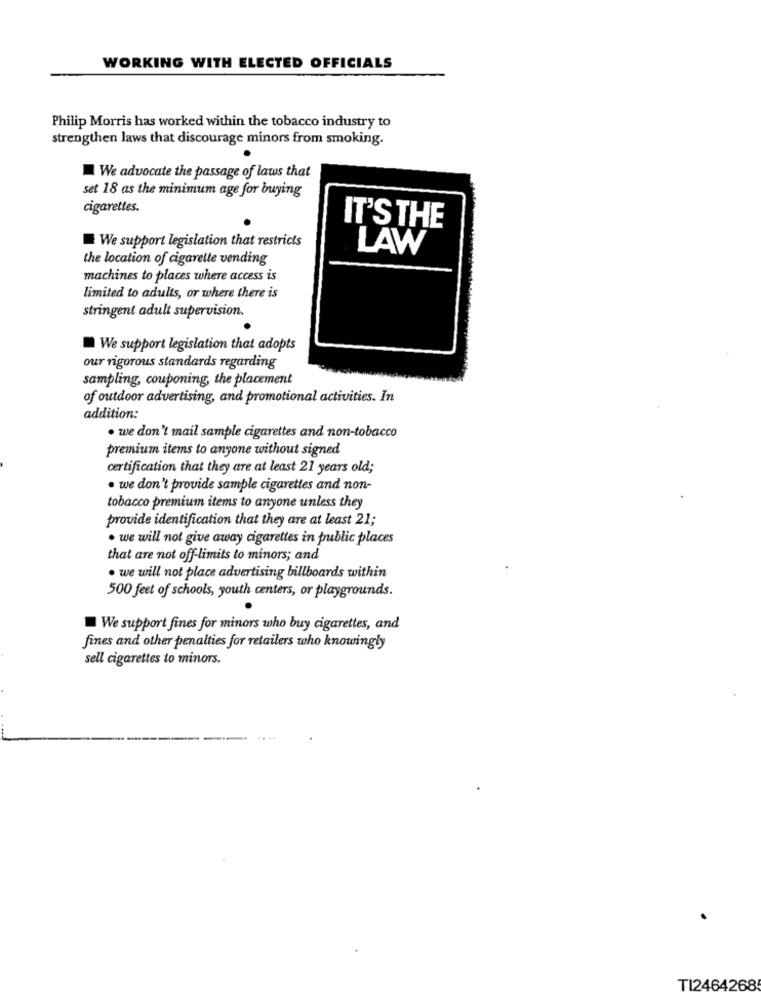
WORKING WITH ELECTED OFFICIALS
Philip Morris has worked within the tobacco industry to
strengthen laws that discourage minors from smoking.
We advocate the passage of laws that
set 18 as the minimum age for buying
cigarettes.
IT'S THE
We support legislation that restricts
LAW
the location of cigarette vending
machines to places where access is
limited to adults, or where there is
stringent adult supervision.
We support legislation that adopts
our rigorous standards regarding
sampling, couponing, the placement
of outdoor advertising, and promotional activities. In
addition:
· we don't mail sample cigarettes and non-tobacco
premium items to anyone without signed
certification that they are at least 21 years old;
· we don't provide sample cigarettes and non-
tobacco premium items to anyone unless they
provide identification that they are at least 21;
· we will not give away cigarettes in public places
that are not off-limits to minors; and
· we will not place advertising billboards within
500 feet of schools, youth centers, or playgrounds.
We support fines for minors who buy cigarettes, and
fines and other penalties for retailers who knowingly
sell cigarettes to minors.
TI2464268